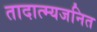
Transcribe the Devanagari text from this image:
तादात्म्यजनित